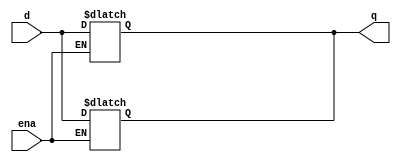
module top_module (
    input d, 
    input ena,
    output q);
    
    // 寫法一
    always @(*) begin
        if(ena) begin
            q = d;
            // q <= d; 如左奕可
        end
    end

    //寫法二
    always @(*) begin
        if(ena)
            q=d;
        else
            q=q;  // 所以像寫法一把這行省略也可以。
    end

endmodule